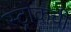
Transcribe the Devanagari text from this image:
स्ट्रोकची